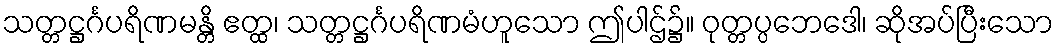
သတ္တဋ္ဌင်္ဂပရိဏမန္တိ ဧတ္ထ၊ သတ္တဋ္ဌင်္ဂပရိဏမံဟူသော ဤပါဌ်၌။ ဝုတ္တပ္ပဘေဒေါ၊ ဆိုအပ်ပြီးသော